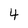
Character: 4